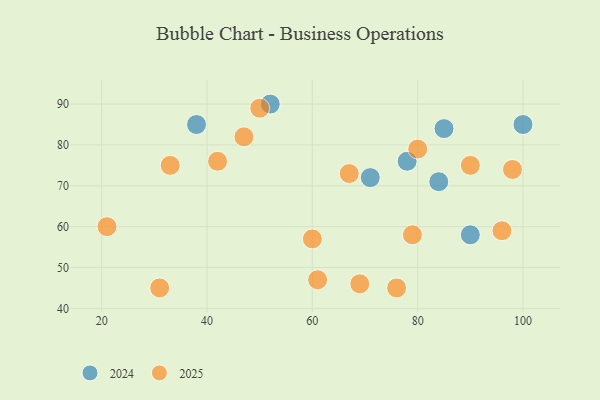
{"axis": {"x": "GDP", "y": "Life Expectancy"}, "legend": ["2024", "2025"], "data": [{"x": "90", "y": 75, "type": "2025"}, {"x": "60", "y": 57, "type": "2025"}, {"x": "31", "y": 45, "type": "2025"}, {"x": "42", "y": 76, "type": "2025"}, {"x": "33", "y": 75, "type": "2025"}, {"x": "80", "y": 79, "type": "2025"}, {"x": "79", "y": 58, "type": "2025"}, {"x": "98", "y": 74, "type": "2025"}, {"x": "47", "y": 82, "type": "2025"}, {"x": "67", "y": 73, "type": "2025"}, {"x": "50", "y": 89, "type": "2025"}, {"x": "61", "y": 47, "type": "2025"}, {"x": "21", "y": 60, "type": "2025"}, {"x": "76", "y": 45, "type": "2025"}, {"x": "69", "y": 46, "type": "2025"}, {"x": "96", "y": 59, "type": "2025"}, {"x": "85", "y": 84, "type": "2024"}, {"x": "52", "y": 90, "type": "2024"}, {"x": "71", "y": 72, "type": "2024"}, {"x": "90", "y": 58, "type": "2024"}, {"x": "84", "y": 71, "type": "2024"}, {"x": "78", "y": 76, "type": "2024"}, {"x": "38", "y": 85, "type": "2024"}, {"x": "100", "y": 85, "type": "2024"}]}